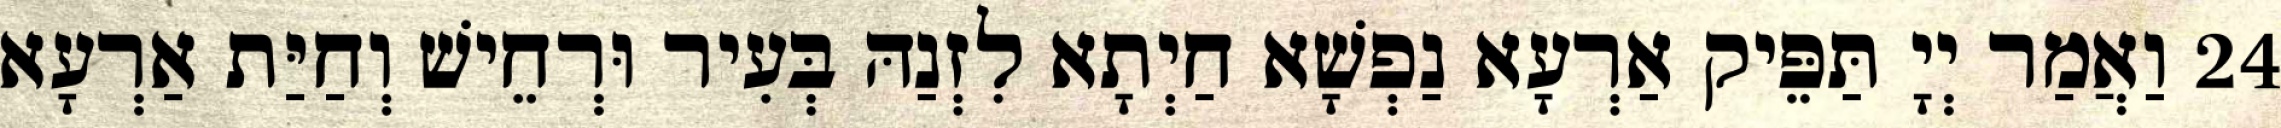
24 וַאֲמַר יְיָ תַּפֵּיק אַרְעָא נַפְשָׁא חַיְתָא לִזְנַהּ בְּעִיר וּרְחֵישׁ וְחַיַּת אַרְעָא